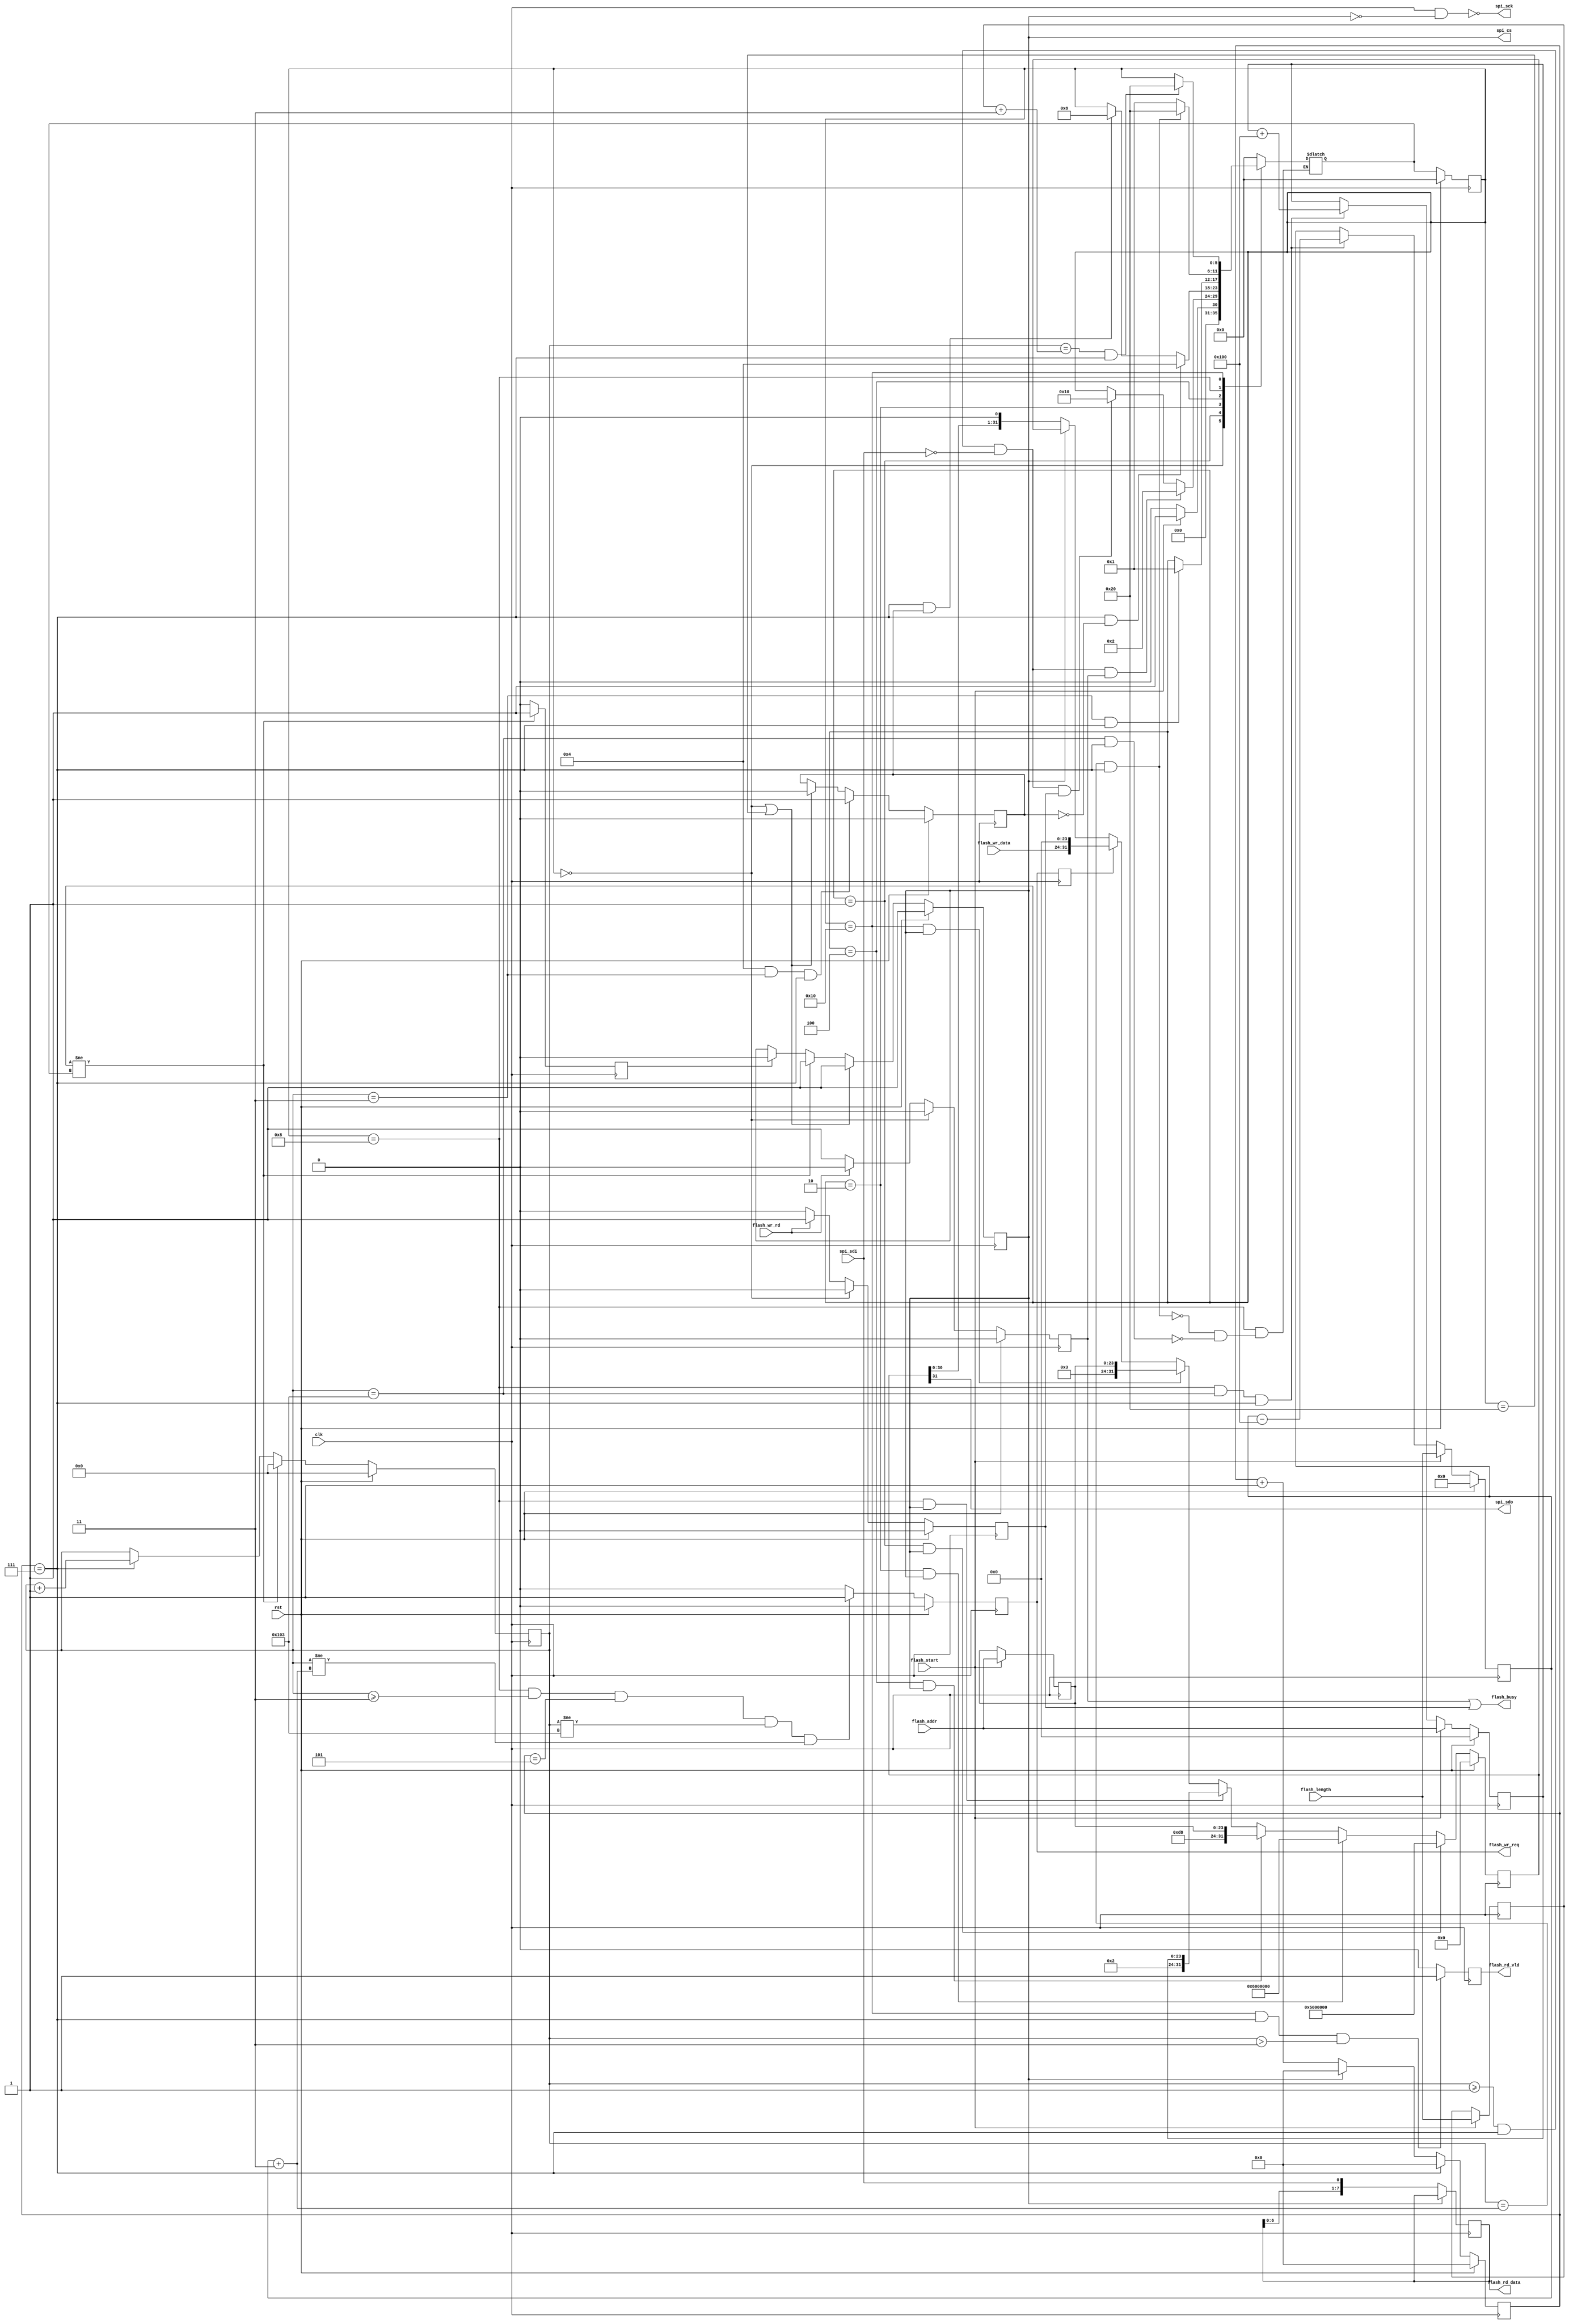
module flash_driver#(
    parameter                                   BLOCK_SIZE         = 64*1024,    //一块的字节数量
    parameter                                   PAGE_SIZE          = 256   ,    // 一页的字节数量
    parameter                                   BLCOK_WIDTH        = $clog2(BLOCK_SIZE)//根据一个Black大小，计算出数据位宽  
)
(
    input                                       clk                 ,
    input                                       rst                 ,
    //***************************************************************************************
    // SPI物理端信号                                                                                    
    //***************************************************************************************
    output                                      spi_sck             ,
    output reg                                  spi_cs              ,
    output                                      spi_sdo             ,
    input                                       spi_sdi             ,
    //***************************************************************************************
    // FLASH用户端                                                                                    
    //***************************************************************************************
    input                                       flash_start         ,
    input                                       flash_wr_rd         ,//读写控制信号，0写1读
    input              [BLCOK_WIDTH-1: 0]       flash_length        ,//读写长度，最大一个块
    //地址后16位必须全0
    input              [23: 0]                  flash_addr          ,//要操作的地址
    input              [7: 0]                   flash_wr_data       ,
    output reg                                  flash_wr_req        ,//写请求，早于写数据一拍
    output reg         [7: 0]                   flash_rd_data       ,
    output reg                                  flash_rd_vld        ,
    output                                      flash_busy           
);
    //***************************************************************************************
    // FLASH操作命令                                                                                    
    //***************************************************************************************
    localparam                                  WR_EN_CMD          = 8'h06 ;//写使能
    localparam                                  RD_STATUS_CMD      = 8'h05 ;//读状态寄存器
    localparam                                  RD_DATA_CMD        = 8'h03 ;//读数据
    localparam                                  PP_WR_CMD          = 8'h02 ;//页写
    localparam                                  BERASE_CMD         = 8'hd8 ;//块擦除

    reg                [23: 0]                  flash_addr_d0       ;
    reg                [23: 0]                  flash_wr_addr       ;
    reg                [BLCOK_WIDTH-1: 0]       flash_length_d0     ;
    reg                [3: 0]                   bit_cnt             ;
    reg                [BLCOK_WIDTH: 0]       byte_cnt            ;
    reg                [31: 0]                  wr_data             ;
    reg                                         wr_busy             ;
    reg                                         rd_busy             ;
    reg                                         block_erase_done    ;//块擦除完成
    reg                                         flash_wr_req_r      ;
    reg                [BLCOK_WIDTH-1: 0]       wr_length           ;
    reg                                         spi_cs_down         ;

    //***************************************************************************************
    //  锁存地址和长度                                                                                   
    //***************************************************************************************
    always @(posedge clk )
        begin
            if(flash_start) begin
                flash_addr_d0 <= flash_addr;
                flash_length_d0 <= flash_length;
        end
            else begin
                flash_addr_d0 <= flash_addr_d0;
                flash_length_d0 <= flash_length_d0;
        end
        end

    //***************************************************************************************
    // bit_cnt                                                                                    
    //*************************************************************************************** 
    always @(posedge clk )
        begin
            if(rst) begin
                bit_cnt <= 0;
        end
            else if(bit_cnt == 7) begin
                bit_cnt <= 0;
        end
            else if(spi_cs) begin
                bit_cnt <= 0;
        end
            else begin
                bit_cnt <= bit_cnt +1;
        end
        end
    //***************************************************************************************
    // byte_cnt                                                                                    
    //*************************************************************************************** 
    always @(posedge clk )
        begin
            if(rst) begin
                byte_cnt <= 0;
        end
            else if(cur_state != next_state) begin
                byte_cnt <= 0;
        end
            else if(bit_cnt == 7) begin
                byte_cnt <= byte_cnt +1;
        end
            else begin
                byte_cnt <= byte_cnt;
        end
        end
    //***************************************************************************************
    // spi_sck                                                                                    
    //***************************************************************************************
    assign                                      spi_sck            = ~(clk & ~spi_cs);//时钟反相 
    //***************************************************************************************
    // spi_sdo                                                                                    
    //*************************************************************************************** 
    assign                                      spi_sdo            = wr_data[31];
    //***************************************************************************************
    // busy                                                                                    
    //***************************************************************************************
    always @(posedge clk )
        begin
            if(rst) begin
                wr_busy <= 0;
                rd_busy <= 0;
        end
        else if(cur_state == IDLE) begin
                wr_busy <= 0;
                rd_busy <= 0;
        end
            else if(flash_wr_rd) begin
                wr_busy <= 0;
                rd_busy <= 1;
        end
            else if(~flash_wr_rd) begin
                wr_busy <= 1;
                rd_busy <= 0;
        end
        
            else begin
                wr_busy <= wr_busy;
                rd_busy <= rd_busy;
        end
        end
    assign                                      flash_busy         = wr_busy || rd_busy;
    //***************************************************************************************
    // 状态机                                                                                    
    //*************************************************************************************** 
    localparam                                  IDLE               = 6'b000000;
    localparam                                  RD_STATUS          = 6'b000001;
    localparam                                  WR_EN              = 6'b000010;
    localparam                                  BERASE             = 6'b000100;
    localparam                                  PP_WR              = 6'b001000;
    localparam                                  RD_DATA            = 6'b010000;
    localparam                                  END                = 6'b100000;
                                                              
    reg                [5: 0]                   cur_state           ;
    reg                [5: 0]                   next_state          ;
    //同步时序描述状态转移
    always @(posedge clk )
        begin
            if(rst)
                cur_state <= IDLE;
            else 
                cur_state <= next_state;
        end
    //组合逻辑判断状态转移条件
    always @( * ) begin
            case(cur_state)
                IDLE:
        begin
            if(flash_start)
                next_state <= RD_STATUS        ;
            else 
                next_state <= IDLE;
        end
                RD_STATUS:
        begin
            if(byte_cnt >= 1 && bit_cnt == 7 && ~spi_sdi && wr_busy) begin
                next_state <= WR_EN;
        end
            else if(byte_cnt >= 1 && bit_cnt == 7 && ~spi_sdi && rd_busy) begin
                next_state <= RD_DATA;
        end
            else 
                next_state <= cur_state;
        end
                WR_EN:
        begin
            if(bit_cnt == 7 && ~block_erase_done) begin
                next_state <= BERASE;
        end
            else if(bit_cnt == 7 && block_erase_done) begin
                next_state <= PP_WR;
        end
            else 
                next_state <= cur_state;
        end
                BERASE:
        begin
            if(byte_cnt == 3 && bit_cnt == 7) begin
                next_state <= RD_STATUS;
        end
            else 
                next_state <= cur_state;
        end
                PP_WR:
        begin
                            //全部写完
            if(byte_cnt == wr_length + 3 && bit_cnt == 7) begin
                next_state <= END;
        end
                            //写完一页
            else if(byte_cnt == PAGE_SIZE +3 && bit_cnt == 7) begin
                next_state <= RD_STATUS;
        end
        end
                RD_DATA:
        begin
            if(byte_cnt == flash_length_d0 +3 && bit_cnt == 7) begin
                next_state <= END;
        end
            else 
                next_state <= cur_state;
        end
                END:
        begin
                next_state <= IDLE;
        end
                default: next_state <= IDLE;
        endcase
        end

    //***************************************************************************************
    // cs                                                                                    
    //***************************************************************************************
    always @(posedge clk) begin
            if(cur_state != next_state)
                spi_cs_down <= 1;
            else 
                spi_cs_down <= 0;
        end

    always @(posedge clk) begin
            if(rst)
                spi_cs <= 1;
            else if(cur_state == IDLE || cur_state == END)
                spi_cs <= 1;
            else if(cur_state != next_state)
                spi_cs <= 1;
            else if(spi_cs_down)
                spi_cs <= 0;
        end
    //***************************************************************************************
    // 块擦除                                                                                    
    //***************************************************************************************
    always @(posedge clk )
        begin
            if(rst) begin
                block_erase_done <= 0;
        end
            else if(BERASE && byte_cnt==3 && bit_cnt == 7) begin
                block_erase_done <= 1;
        end
            else if(cur_state == IDLE || cur_state == END) begin
                block_erase_done <= 0;
        end
            else begin
                block_erase_done <= block_erase_done;
        end
        end
    //***************************************************************************************
    // wr_length flash_wr_addr                                                                                   
    //***************************************************************************************
    always @(posedge clk )
        begin
            if(rst) begin
                wr_length <= 0;
                flash_wr_addr <= 0;
        end
            else if(flash_start) begin
                wr_length <= flash_length;
                flash_wr_addr <= flash_addr;
        end
            else if(cur_state == PP_WR && byte_cnt == PAGE_SIZE +3 && bit_cnt == 7) begin
                wr_length <= wr_length -PAGE_SIZE;
                flash_wr_addr <= flash_wr_addr + PAGE_SIZE;
        end
            else begin
                wr_length <= wr_length;
                flash_wr_addr <= flash_wr_addr;
        end
        end
    //***************************************************************************************
    // wr_data                                                                                    
    //*************************************************************************************** 
    always @(posedge clk )
        begin
            if(rst) begin
                wr_data <= 0;
        end
                                //发送读状态命令                                  
            else if(cur_state == RD_STATUS && spi_cs) begin
                wr_data <= {RD_STATUS_CMD,24'b0};
        end
                                //发送写使能命令
            else if(cur_state == WR_EN && spi_cs) begin
                wr_data <= {WR_EN_CMD,24'b0};
        end
                                //发送块擦除命令
            else if(cur_state == BERASE && spi_cs) begin
                wr_data <= {BERASE_CMD,flash_addr_d0};
        end
                                //发送页写命令
            else if(cur_state == PP_WR && spi_cs) begin
                wr_data <= {PP_WR_CMD,flash_wr_addr};
        end
                                //发送读数据命令
            else if(cur_state == RD_DATA && spi_cs) begin
                wr_data <= {RD_DATA_CMD,flash_addr_d0};
        end
                                //发送用户写数据
            else if(flash_wr_req_r) begin
                wr_data <= {flash_wr_data,24'b0};
        end
                                //数据移位                                  
            else if(~spi_cs)begin
                wr_data <= wr_data<<1;
        end
            else 
                wr_data <= wr_data;
        end
        //***************************************************************************************
        // wr_req                                                                                    
        //*************************************************************************************** 
    always @(posedge clk )
        begin
            if(rst) begin
                flash_wr_req <= 0;
        end
            else if(cur_state == PP_WR && byte_cnt >=3 && bit_cnt == 5
                                        && byte_cnt != PAGE_SIZE+3 && byte_cnt != wr_length +3) begin
                flash_wr_req <= 1;
        end
            else begin
                flash_wr_req <= 0;
        end
        end
    always @(posedge clk )
        begin
                flash_wr_req_r <= flash_wr_req;
        end
//***************************************************************************************
// rd_data                                                                                    
//*************************************************************************************** 
    always @(posedge clk) begin
            if(~spi_cs)
                flash_rd_data <= {flash_rd_data[6:0],spi_sdi};
            else 
                flash_rd_data <= flash_rd_data;
        end

    always @(posedge clk) begin
            if(cur_state == RD_DATA && bit_cnt == 7 && byte_cnt > 3)
                flash_rd_vld <= 1'b1;
            else 
                flash_rd_vld <= 0;
        end

                                                 
    

        endmodule